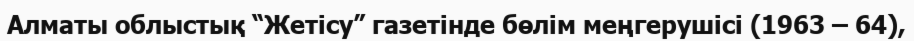
Алматы облыстық “Жетісу” газетінде бөлім меңгерушісі (1963 – 64),